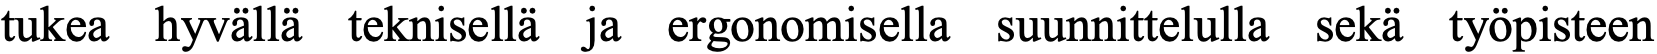
tukea hyvällä teknisellä ja ergonomisella suunnittelulla sekä työpisteen